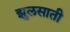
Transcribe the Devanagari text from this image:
झुलसाती